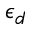
\epsilon _ { d }